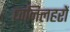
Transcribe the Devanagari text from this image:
ध्वनिलहरों